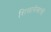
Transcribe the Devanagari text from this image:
शिलालेखाची